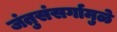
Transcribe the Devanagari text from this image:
जंतुसंसर्गामुळे